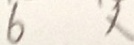
6 x